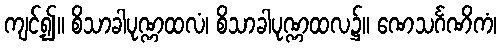
ကျင့်၍။ စိသာခါပုဏ္ဏထလံ၊ စိသာခါပုဏ္ဏထလ၌။ ဏေသင်္ဂဏိကံ၊